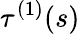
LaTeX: \tau^{(1)}(s)